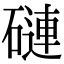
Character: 䃛